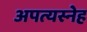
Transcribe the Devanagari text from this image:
अपत्यस्नेह